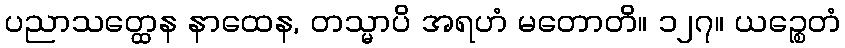
ပညာသတ္ထေန နာထေန, တသ္မာပိ အရဟံ မတောတိ။ ၁၂၇။ ယဉ္စေတံ